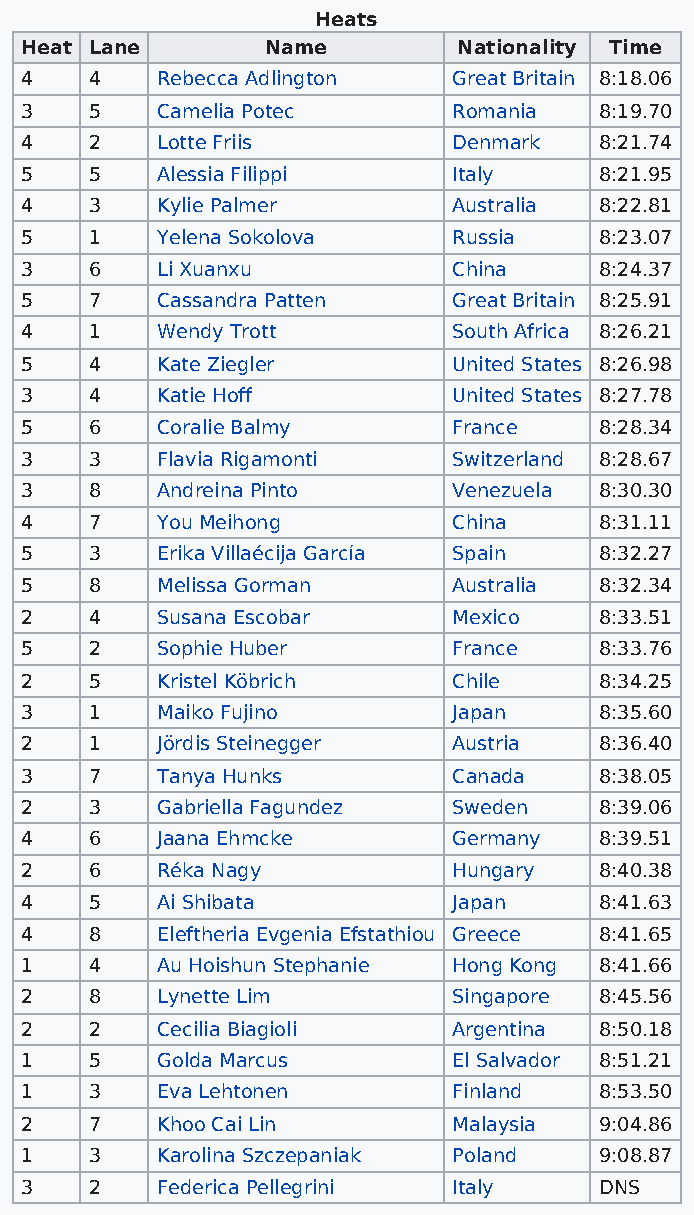
Heats
 Heat Lane        Name        Nationality Time
 4    4   Rebecca Adlington   Great Britain 8:18.06
 3    5   Camelia Potec       Romania   8:19.70
 4    2   Lotte Friis         Denmark   8:21.74
 5    5   Alessia Filippi     Italy     8:21.95
 4    3   Kylie Palmer        Australia 8:22.81
 5    1   Yelena Sokolova     Russia    8:23.07
 3    6   Li Xuanxu           China     8:24.37
 5    7   Cassandra Patten    Great Britain 8:25.91
 4    1   Wendy Trott         South Africa 8:26.21
 5    4   Kate Ziegler        United States 8:26.98
 3    4   Katie Hoff          United States 8:27.78
 5    6   Coralie Balmy       France    8:28.34
 3    3   Flavia Rigamonti    Switzerland 8:28.67
 3    8   Andreina Pinto      Venezuela 8:30.30
 4    7   You Meihong         China     8:31.11
 5    3   Erika Villaécija García Spain 8:32.27
 5    8   Melissa Gorman      Australia 8:32.34
 2    4   Susana Escobar      Mexico    8:33.51
 5    2   Sophie Huber        France    8:33.76
 2    5   Kristel Köbrich     Chile     8:34.25
 3    1   Maiko Fujino        Japan     8:35.60
 2    1   Jördis Steinegger   Austria   8:36.40
 3    7   Tanya Hunks         Canada    8:38.05
 2    3   Gabriella Fagundez  Sweden    8:39.06
 4    6   Jaana Ehmcke        Germany   8:39.51
 2    6   Réka Nagy           Hungary   8:40.38
 4    5   Ai Shibata          Japan     8:41.63
 4    8   Eleftheria Evgenia Efstathiou Greece 8:41.65
 1    4   Au Hoishun Stephanie Hong Kong 8:41.66
 2    8   Lynette Lim         Singapore 8:45.56
 2    2   Cecilia Biagioli    Argentina 8:50.18
 1    5   Golda Marcus        El Salvador 8:51.21
 1    3   Eva Lehtonen        Finland   8:53.50
 2    7   Khoo Cai Lin        Malaysia  9:04.86
 1    3   Karolina Szczepaniak Poland   9:08.87
 3    2   Federica Pellegrini Italy     DNS